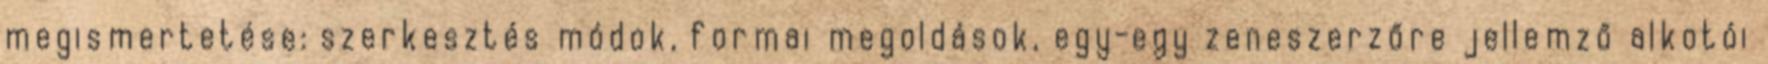
megismertetése: szerkesztés módok, formai megoldások, egy-egy zeneszerzőre jellemző alkotói